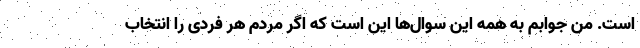
است. من جوابم به همه این سوال‌ها این است که اگر مردم هر فردی را انتخاب